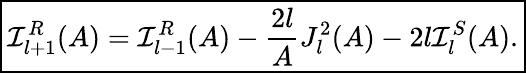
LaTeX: \boxed{\mathcal{I}_{l+1}^{R}(A)=\mathcal{I}_{l-1}^{R}(A)-\frac{2l}{A}J_{l}^{2}(A)-2l\mathcal{I}_{l}^{S}(A).}